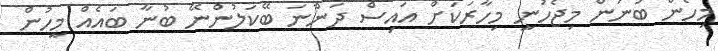
މިހެން ބުނަން މިޖެހުނީ މިހާރަކަށް އައިސް ދަންނަ ބޭކަލުންނޭ ބުނާ ބައެއް މީހުން